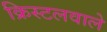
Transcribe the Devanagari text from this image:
क्रिस्टलवाले